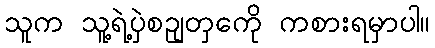
သူက သူ့ရဲ့ပှဲစဥျတှကေို ကစားရမှာပါ။